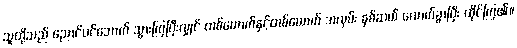
သူတို့သည် ညောင်ပင်အောက် သွားကြပြီးလျှင် တစ်ယောက်နှင့်တစ်ယောက် အလှမ်း နှစ်ဆယ် လောက်ခွာပြီး ထိုင်ကြ၏။